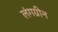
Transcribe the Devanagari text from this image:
लंगग्रीन